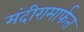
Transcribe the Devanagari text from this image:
मंदीरामार्फत